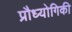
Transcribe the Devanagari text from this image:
प्रौध्योगिकी